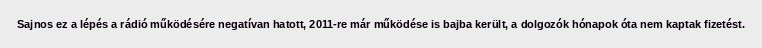
Sajnos ez a lépés a rádió működésére negatívan hatott, 2011-re már működése is bajba került, a dolgozók hónapok óta nem kaptak fizetést.